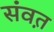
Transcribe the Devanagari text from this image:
संवत़